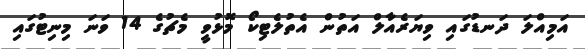
އަމިއްލަ ދަނޑުގައި ވިޔަރެއާލް އަތުން އެތުލެޓިކޯ މޮޅުވީ މެޗުގެ 14 ވަނަ މިނިޓުގައި